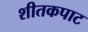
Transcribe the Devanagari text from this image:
शीतकपाट